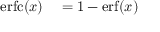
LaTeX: \begin{array} { r l } { \operatorname { e r f c } ( x ) } & { { } = 1 - \operatorname { e r f } ( x ) } \end{array}